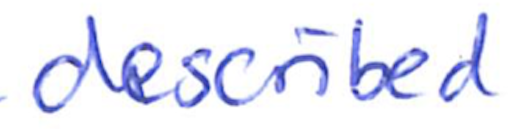
Text: described
Cross-out: clean
Writing tool: ballpoint